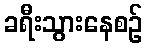
ခရီးသွားနေစဉ်